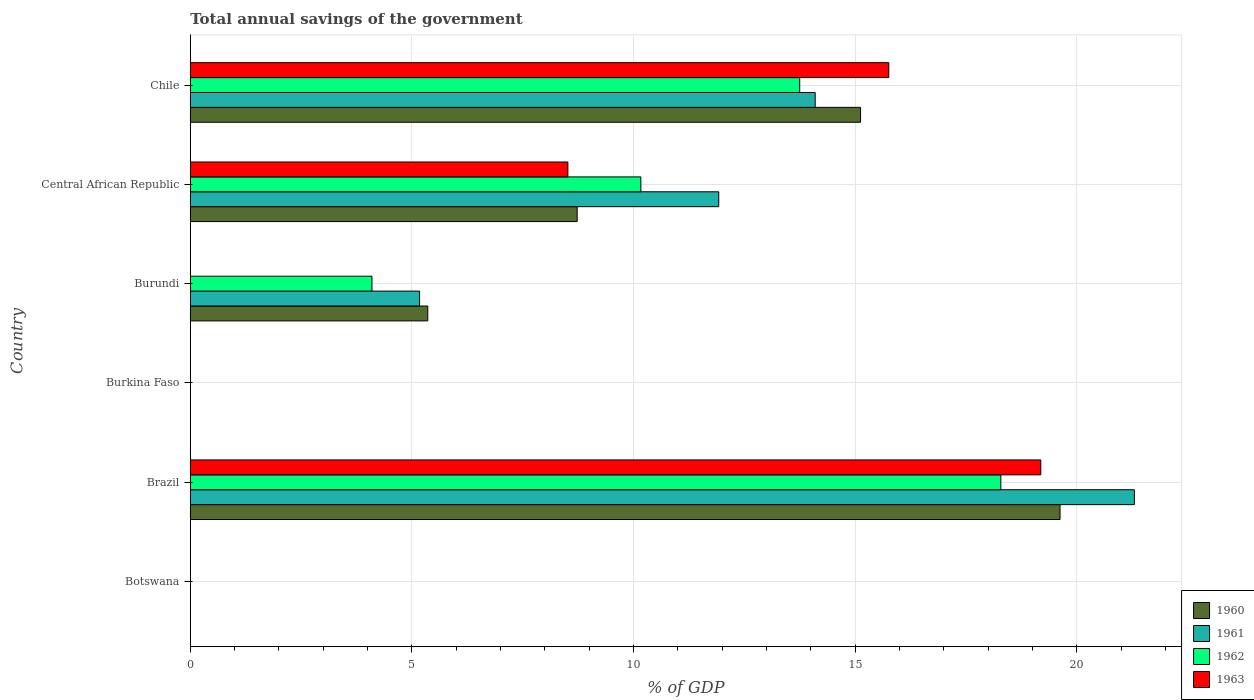
| Country | 1960 | 1961 | 1962 | 1963 |
 | --- | --- | --- | --- | --- |
 | Botswana | -7.35 | -7.91 | -8.11 | -8.54 |
 | Brazil | 19.6 | 21.3 | 18.3 | 19.2 |
 | Burkina Faso | -2.46 | -1.71 | -1.47 | -1.29 |
 | Burundi | 5.36 | 5.17 | 4.1 | -0.752 |
 | Central African Republic | 8.73 | 11.9 | 10.2 | 8.52 |
 | Chile | 15.1 | 14.1 | 13.7 | 15.8 |